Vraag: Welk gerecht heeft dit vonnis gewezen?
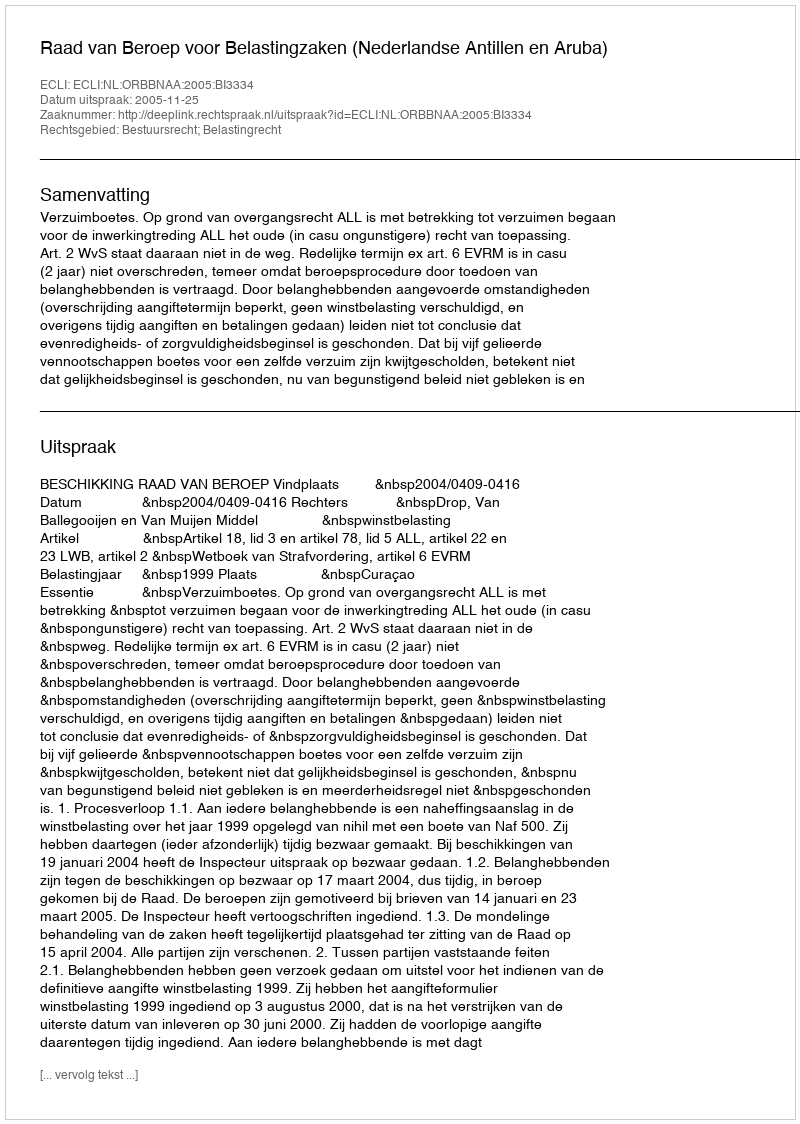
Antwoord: Raad van Beroep voor Belastingzaken (Nederlandse Antillen en Aruba)